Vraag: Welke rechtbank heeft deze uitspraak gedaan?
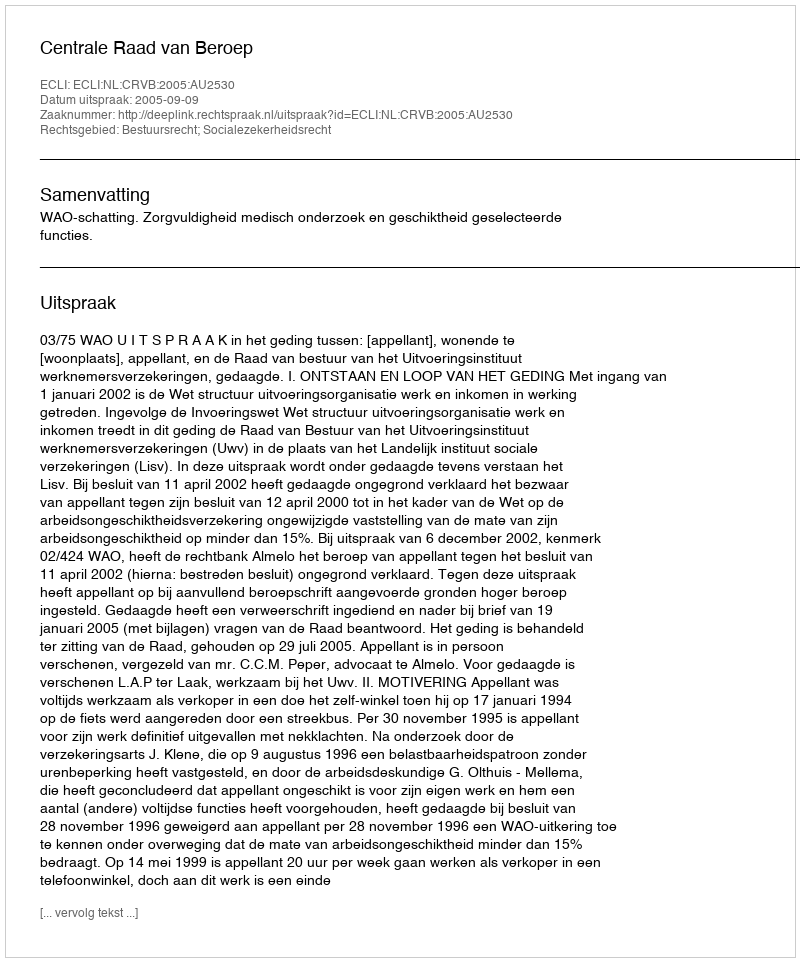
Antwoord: Centrale Raad van Beroep